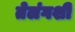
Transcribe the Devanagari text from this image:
तेलंगशी